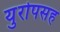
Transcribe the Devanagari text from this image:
युरोपसह